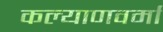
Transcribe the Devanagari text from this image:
कल्याणवर्मा